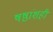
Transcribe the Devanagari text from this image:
षष्ठांशही